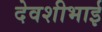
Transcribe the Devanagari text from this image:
देवशीभाई